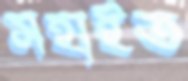
সহাইত